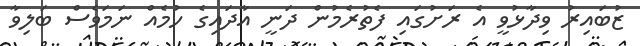
ޒުބައިރު ވިދާޅުވީ އެ ރަށުގައި ފެތުރެމުން ދަނީ އާދައިގެ ހުމެއް ނަމަވެސް ބަލިވާ